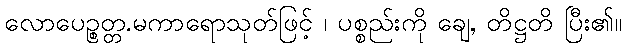
လောပေဉ္စတ္တ.မကာရောသုတ်ဖြင့် ၊ ပစ္စည်းကို ချေ, တိဋ္ဌတိ ပြီး၏။